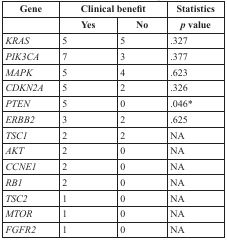
<table><thead><tr><td><b>Gene</b></td><td colspan="2"><b>Clinical benefit</b></td><td><b>Statistics</b></td></tr><tr><td></td><td><b>Yes</b></td><td><b>No</b></td><td><b><i>p</i></b></td></tr></thead><tbody><tr><td><i>KRAS</i></td><td>5</td><td>5</td><td>.327</td></tr><tr><td><i>PIK3CA</i></td><td>7</td><td>3</td><td>.377</td></tr><tr><td><i>MAPK</i></td><td>5</td><td>4</td><td>.623</td></tr><tr><td><i>CDKN2A</i></td><td>5</td><td>2</td><td>.326</td></tr><tr><td><i>PTEN</i></td><td>5</td><td>0</td><td>.046*</td></tr><tr><td><i>ERBB2</i></td><td>3</td><td>2</td><td>.625</td></tr><tr><td><i>TSC1</i></td><td>2</td><td>2</td><td>NA</td></tr><tr><td><i>AKT</i></td><td>2</td><td>0</td><td>NA</td></tr><tr><td><i>CCNE1</i></td><td>2</td><td>0</td><td>NA</td></tr><tr><td><i>RB1</i></td><td>2</td><td>0</td><td>NA</td></tr><tr><td><i>TSC2</i></td><td>1</td><td>0</td><td>NA</td></tr><tr><td><i>MTOR</i></td><td>1</td><td>0</td><td>NA</td></tr><tr><td><i>FGFR2</i></td><td>1</td><td>0</td><td>NA</td></tr></tbody></table>